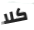
كلا